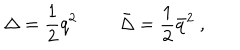
\Delta = { \frac { 1 } { 2 } } q ^ { 2 } \ \qquad \bar { \Delta } = { \frac { 1 } { 2 } } \bar { q } ^ { 2 } \ ,